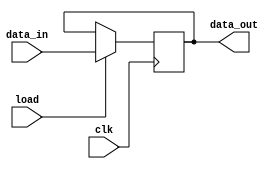
module reg16 (clk ,load ,data_in, data_out);

	input clk,load;
	input [15:0] data_in;
	output reg [15:0] data_out;
	
	always @(posedge clk)
	begin
		if (load) data_out <= data_in;
	end
	
endmodule